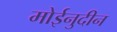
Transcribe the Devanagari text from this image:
मोईनुदीन